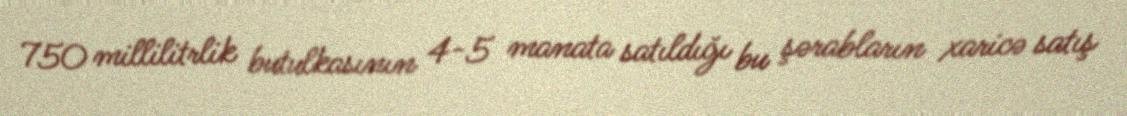
750 millilitrlik butulkasının 4-5 manata satıldığı bu şərabların xaricə satış